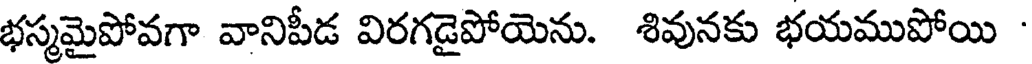
భస్మమైపోవగా వానిపీడ విరగడైపోయెను. శివునకు భయముపోయి